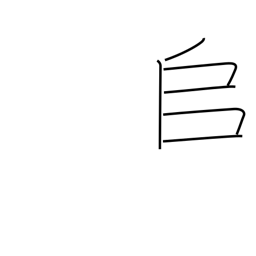
Meaning: to pile up